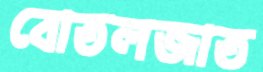
বোতলজাত